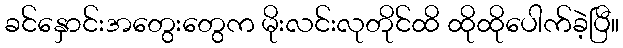
ခင်နှောင်းအတွေးတွေက မိုးလင်းလုတိုင်ထိ ထိုထိုပေါက်ခဲ့ပြီ။